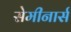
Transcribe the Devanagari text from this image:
सेमीनार्स